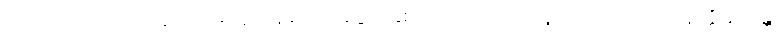
ဧကသဒိသာ၊ ထပ်တူ ထပ်မျှတူကုန်သော။ ဒွေပိ၊ နှစ်ယောက်သော သူတို့သည်လည်း။ နတ္ထိ နသိန္တိ၊